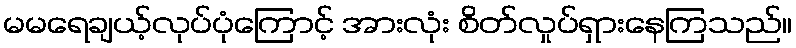
မမရေချယ့်လုပ်ပုံကြောင့် အားလုံး စိတ်လှုပ်ရှားနေကြသည်။